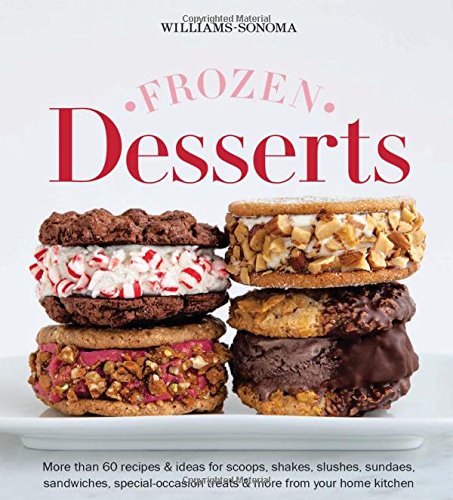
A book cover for Frozen Desserts (Williams-Sonoma); The editors of Williams-Sonoma; Cookbooks, Food & Wine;